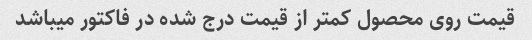
قیمت روی محصول کمتر از قیمت درج شده در فاکتور میباشد